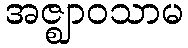
အဇ္ဈာဝသာမ